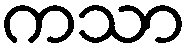
ကသာ